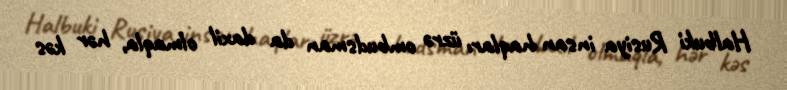
Halbuki Rusiya insan haqları üzrə ombudsman da daxil olmaqla, hər kəs